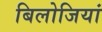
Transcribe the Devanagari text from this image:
बिलोजियां